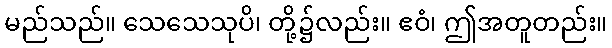
မည်သည်။ သေသေသုပိ၊ တို့၌လည်း။ ဧဝံ၊ ဤအတူတည်း။